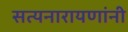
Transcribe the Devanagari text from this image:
सत्यनारायणांनी